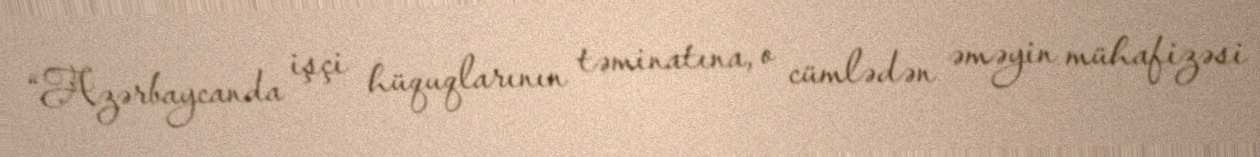
“Azərbaycanda işçi hüquqlarının təminatına, o cümlədən əməyin mühafizəsi